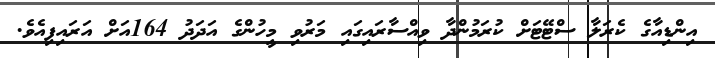
އިންޑިއާގެ ކެރަލާ ސްޓޭޓަށް ކުރަމުންދާ ވިއްސާރައިގައި މަރުވި މީހުންގެ އަދަދު 164އަށް އަރައިފިއެވެ.